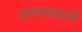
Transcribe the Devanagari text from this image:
अरूणलालने